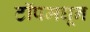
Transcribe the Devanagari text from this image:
टॉपमधून